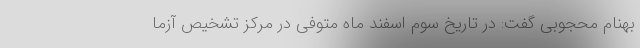
بهنام محجوبی گفت: در تاریخ سوم اسفند ماه متوفی در مرکز تشخیص آزما